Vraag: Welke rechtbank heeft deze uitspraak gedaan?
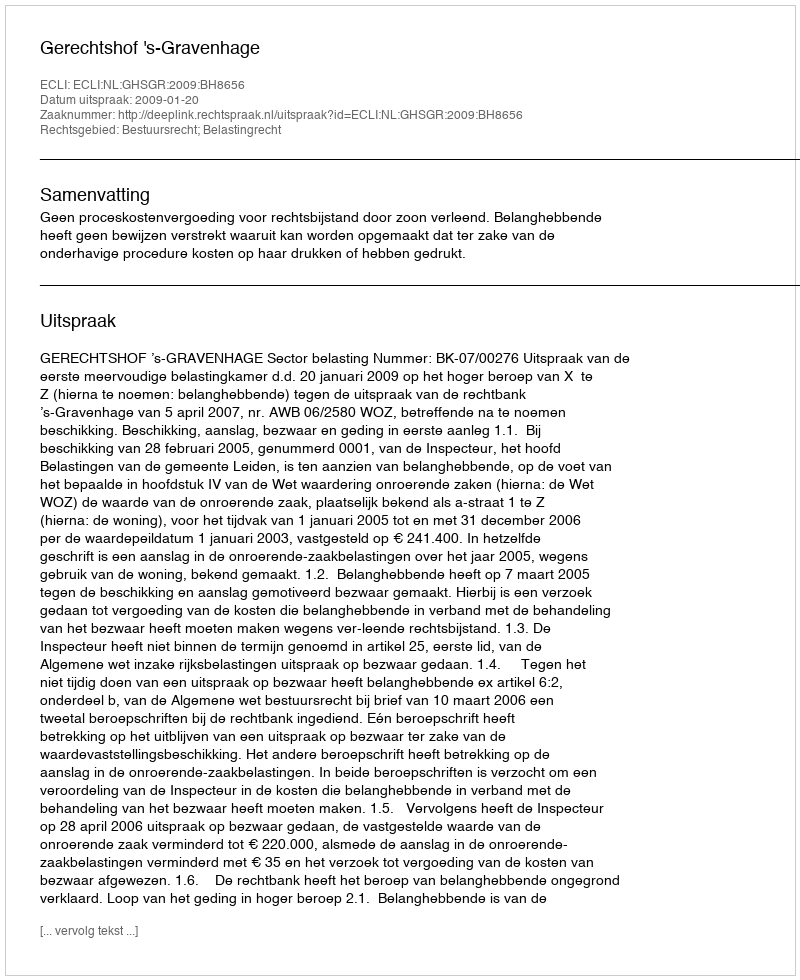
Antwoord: Gerechtshof 's-Gravenhage